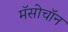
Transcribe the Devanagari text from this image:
मॅसोचॉन